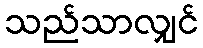
သည်သာလျှင်